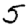
Digit: 5